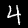
Digit: 4